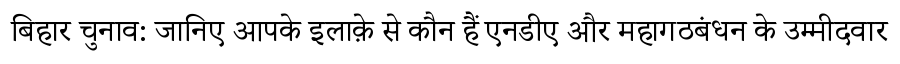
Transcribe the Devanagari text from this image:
बिहार चुनाव: जानिए आपके इलाक़े से कौन हैं एनडीए और महागठबंधन के उम्मीदवार